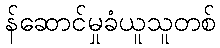
န်ဆောင်မှုခံယူသူတစ်